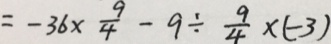
= - 3 6 \times \frac { 9 } { 4 } - 9 \div \frac { 9 } { 4 } \times ( - 3 )